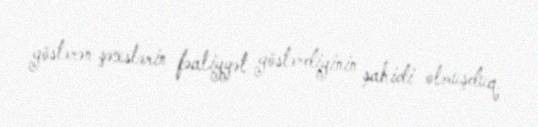
göstərən şəxslərin fəaliyyət göstərdiyinin şahidi olmuşduq.